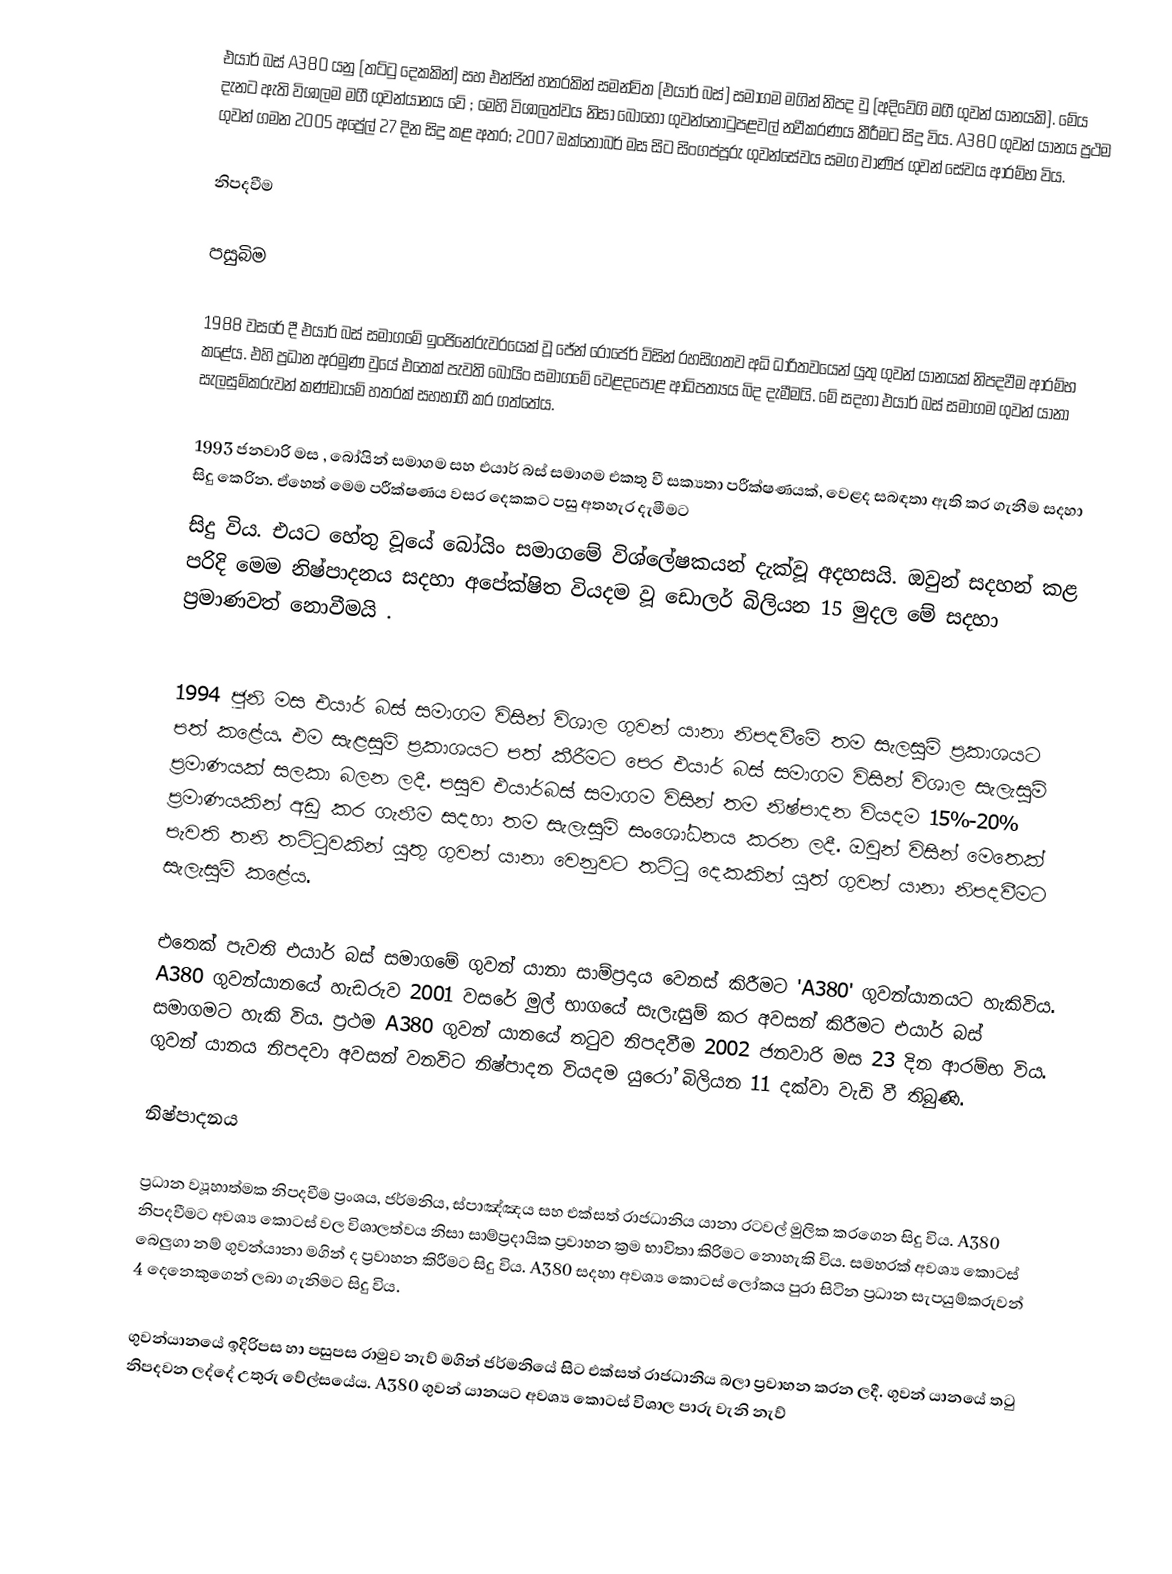
එයාර් බස් A380 යනු  [තට්ටු දෙකකින්] සහ එන්ජින් හතරකින් සමන්විත [එයාර් බස්] සමාගම මගින් නිපද වු [අදිවේගි මගී ගුවන් යානයකි]. මේය දැනට ඇති විශාලම මගී ගුවන්යානය වේ ; මෙහි විශාලත්වය නිසා බොහෝ ගුවන්තොටුපළවල් නවීකරණය කීරීමට සිදු විය.  A380 ගුවන් යානය ප්‍රථම ගුවන් ගමන 2005   අප්‍රේල් 27  දින සිදු කළ අතර;  2007 ඔක්තෝබර් මස සිට  සිංගප්පූරු ගුවන්සේවය සමග වාණිජ ගුවන් සේවය ආරම්භ විය.

නිපදවීම

පසුබිම

1988 වසරේ දී එයාර් බස් සමාගමේ ඉංජිනේරුවරයෙක් වූ ජේන් රොජෙර් විසින් රහසිගතව අධි ධාරිතවයෙන් යුතු ගුවන් යානයක් නිපදවීම ආරම්භ කළේය. එහි ප්‍රධාන අරමුණ වුයේ එතෙක් පැවති බෝයිං සමාගමේ වෙළදපොළ ආධිපත්‍යය බිද දැමීමයි. මේ සදහා එයාර් බස් සමාගම ගුවන් යානා සැලසුම්කරුවන් කණ්ඩායම් හතරක් සහභාගී කර ගත්තේය.

1993 ජනවාරි මස , බෝයින් සමාගම සහ එයාර් බස් සමාගම එකතු වී සක්‍යතා පරීක්ෂණයක්, වෙළද සබඳතා ඇති කර ගැනීම සදහා සිදු කෙරින. ඒහෙත් මෙම පරීක්ෂණය වසර දෙකකට පසු අතහැර දැමීමට
සිදු විය. එයට හේතු වූයේ බෝයිං සමාගමේ විශ්ලේෂකයන් දැක්වූ අදහසයි. ඔවුන් සදහන් කළ පරිදි මෙම නිෂ්පාදනය සදහා අපේක්ෂිත වියදම වූ ඩොලර් බිලියන 15 මුදල මේ සදහා ප්‍රමාණවත් නොවීමයි .

1994 ජූනි මස එයාර් බස් සමාගම විසින් විශාල ගුවන් යානා නිපදවීමේ තම සැලසුම් ප්‍රකාශයට පත් කළේය. එම සැළසුම් ප්‍රකාශයට පත් කීරීමට පෙර එයාර් බස් සමාගම විසින් විශාල සැලැසුම් ප්‍රමාණයක් සලකා බලන ලදී. පසුව එයාර්බස් සමාගම විසින් තම නිෂ්පාදන වියදම 15%-20% ප්‍රමාණයකින් අඩු කර ගැනීම සදහා තම සැලැසුම් සංශෝධනය කරන ලදී. ඔවුන් විසින් මෙතෙක් පැවති තනි තට්ටුවකින් යුතු ගුවන් යානා වෙනුවට තට්ටු දෙකකින් යුත් ගුවන් යානා නිපදවීමට සැලැසුම් කළේය.

එතෙක් පැවති එයාර් බස් සමාගමේ ගුවන් යානා සාම්ප්‍රදාය වෙනස් කිරීමට 'A380' ගුවන්යානයට හැකිවිය. A380 ගුවන්යානයේ හැඩරුව 2001 වසරේ මුල් භාගයේ සැලැසුම් කර අවසන් කිරීමට එයාර් බස් සමාගමට හැකි විය. ප්‍රථම A380 ගුවන් යානයේ තටුව නිපදවීම 2002 ජනවාරි මස 23 දින ආරම්භ විය. ගුවන් යානය නිපදවා අවසන් වනවිට නිෂ්පාදන වියදම  යුරෝ බිලියන 11 දක්වා වැඩි වී තිබුණි.

නිෂ්පාදනය

ප්‍රධාන ව්‍යූහාත්මක නිපදවීම ප්‍රංශය, ජර්මනිය, ස්පාඤ්ඤය සහ එක්සත් රාජධානිය යානා රටවල් මුලික කරගෙන සිදු විය. A380 නිපදවීමට අවශ්‍ය කොටස් වල විශාලත්වය නිසා සාම්ප්‍රදායික ප්‍රවාහන ක්‍රම භාවිතා කිරිමට නොහැකි විය. සමහරක් අවශ්‍ය කොටස් බෙලුගා නම් ගුවන්යානා මගින් ද ප්‍රවාහන කිරීමට සිදු විය. A380 සදහා අවශ්‍ය කොටස් ලෝකය පුරා සිටින ප්‍රධාන සැපයුම්කරුවන් 4 දෙනෙකුගෙන් ලබා ගැනිමට සිදු විය.

ගුවන්යානයේ ඉදිරිපස හා පසුපස රාමුව නැව් මගින් ජර්මනියේ සිට එක්සත් රාජධානිය බලා ප්‍රවාහන කරන ලදී. ගුවන් යානයේ තටු නිපදවන ලද්දේ උතුරු වේල්සයේය. A380 ගුවන් යානයට අවශ්‍ය කොටස් විශාල පාරු වැනි නැව්